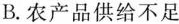
B.农产品供给不足